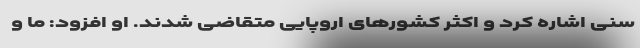
سنی اشاره کرد و اکثر کشورهای اروپایی متقاضی شدند. او افزود:‌ ما و